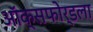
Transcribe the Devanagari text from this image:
ऑक्सफोर्डला